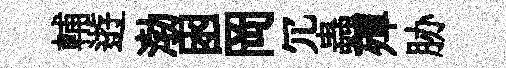
輔逰渤囦岡冗蟲殫胁